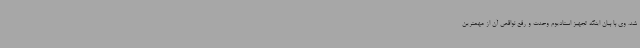
شد. وی با بیان اینکه تجهیز استادیوم وحدت و رفع نواقص آن از مهمترین